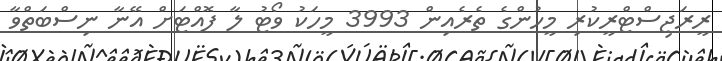
ރީރަޖިސްޓްރީކުރި މީހުންގެ ތެރެއިން 3993 މީހަކު ވޯޓު ލާ ފޮއްޓަށް އޭނާ ނިސްބަތްވާ